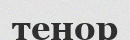
тенор